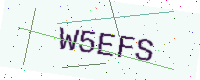
Text: W5EFS